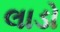
લાડો